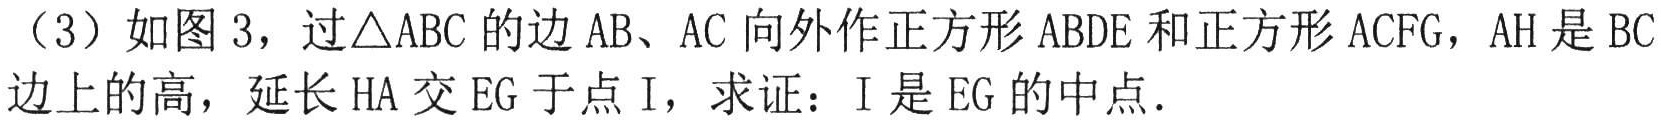
（3）如图3，过\(\triangle ABC\)的边\(AB\)、\(AC\)向外作正方形\(ABDE\)和正方形\(ACFG\)，\(AH\)是\(BC\)边上的高，延长\(HA\)交\(EG\)于点\(I\)，求证：\(I\)是\(EG\)的中点．